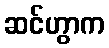
ဆင်ဟွာက